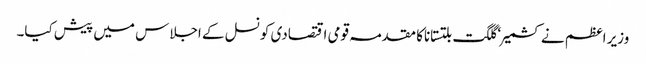
وزیر اعظم نے کشمیر ‘ گلگت بلتستاناکا مقدمہ قومی اقتصادی کونسل کے اجلاس میں پیش کیا۔